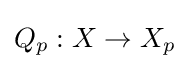
Q_{p}:X\to X_{p}